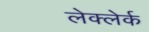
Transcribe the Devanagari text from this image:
लेक्लेर्क